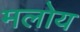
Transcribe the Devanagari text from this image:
मलोय